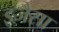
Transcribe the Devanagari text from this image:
झ्र्जैसा